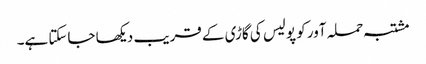
مشتبہ حملہ آور کو پولیس کی گاڑی کے قریب دیکھا جاسکتا ہے۔